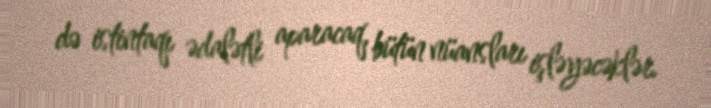
də istintaqı ədalətli aparacaq, bütün nüansları işləyəcəklər.